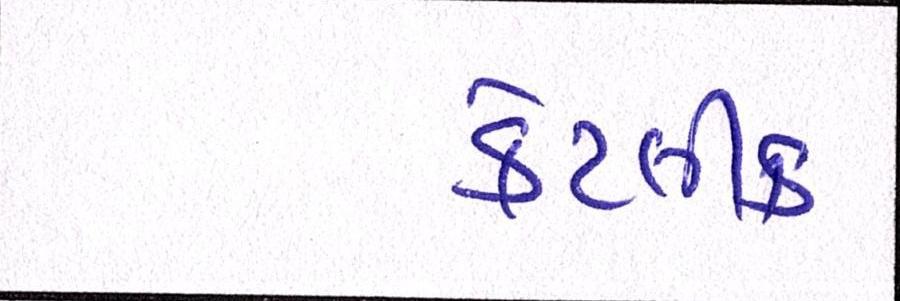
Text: કેટલીક